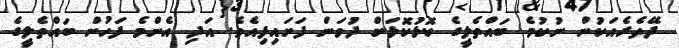
ދޭތެރެއަކުން ނުކުމެ ބައްތެލީގެ ކޮޅުކޮޅަށް ދުވަން ފަށައިފިއެވެ. އަދި އެންމެ ފަހުން ބައްތެލީގެ